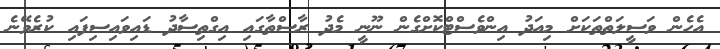
އެހެން ވަސީލަތްތަކަށް މިއަދު އިންވެސްޓްކޮށްގެން ނޫނީ މެދު ރާސްތާގައި އިގްތިސާދު ޑައިވައިސިފައި ކުރެވޭނެ